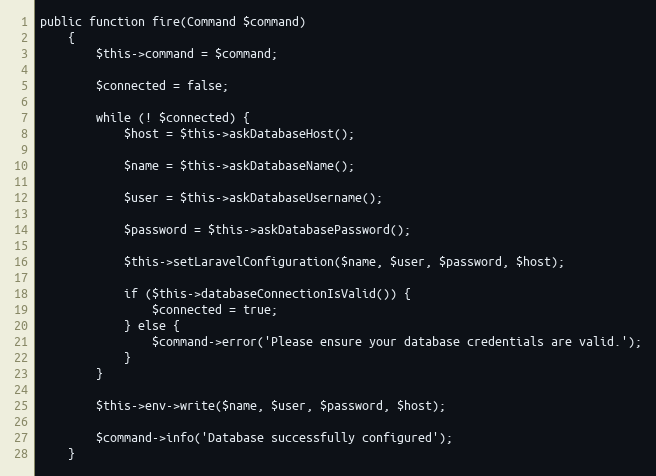
Language: PHP
public function fire(Command $command)
    {
        $this->command = $command;

        $connected = false;

        while (! $connected) {
            $host = $this->askDatabaseHost();

            $name = $this->askDatabaseName();

            $user = $this->askDatabaseUsername();

            $password = $this->askDatabasePassword();

            $this->setLaravelConfiguration($name, $user, $password, $host);

            if ($this->databaseConnectionIsValid()) {
                $connected = true;
            } else {
                $command->error('Please ensure your database credentials are valid.');
            }
        }

        $this->env->write($name, $user, $password, $host);

        $command->info('Database successfully configured');
    }